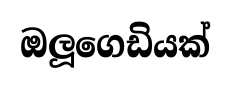
ඔලූගෙඩියක්